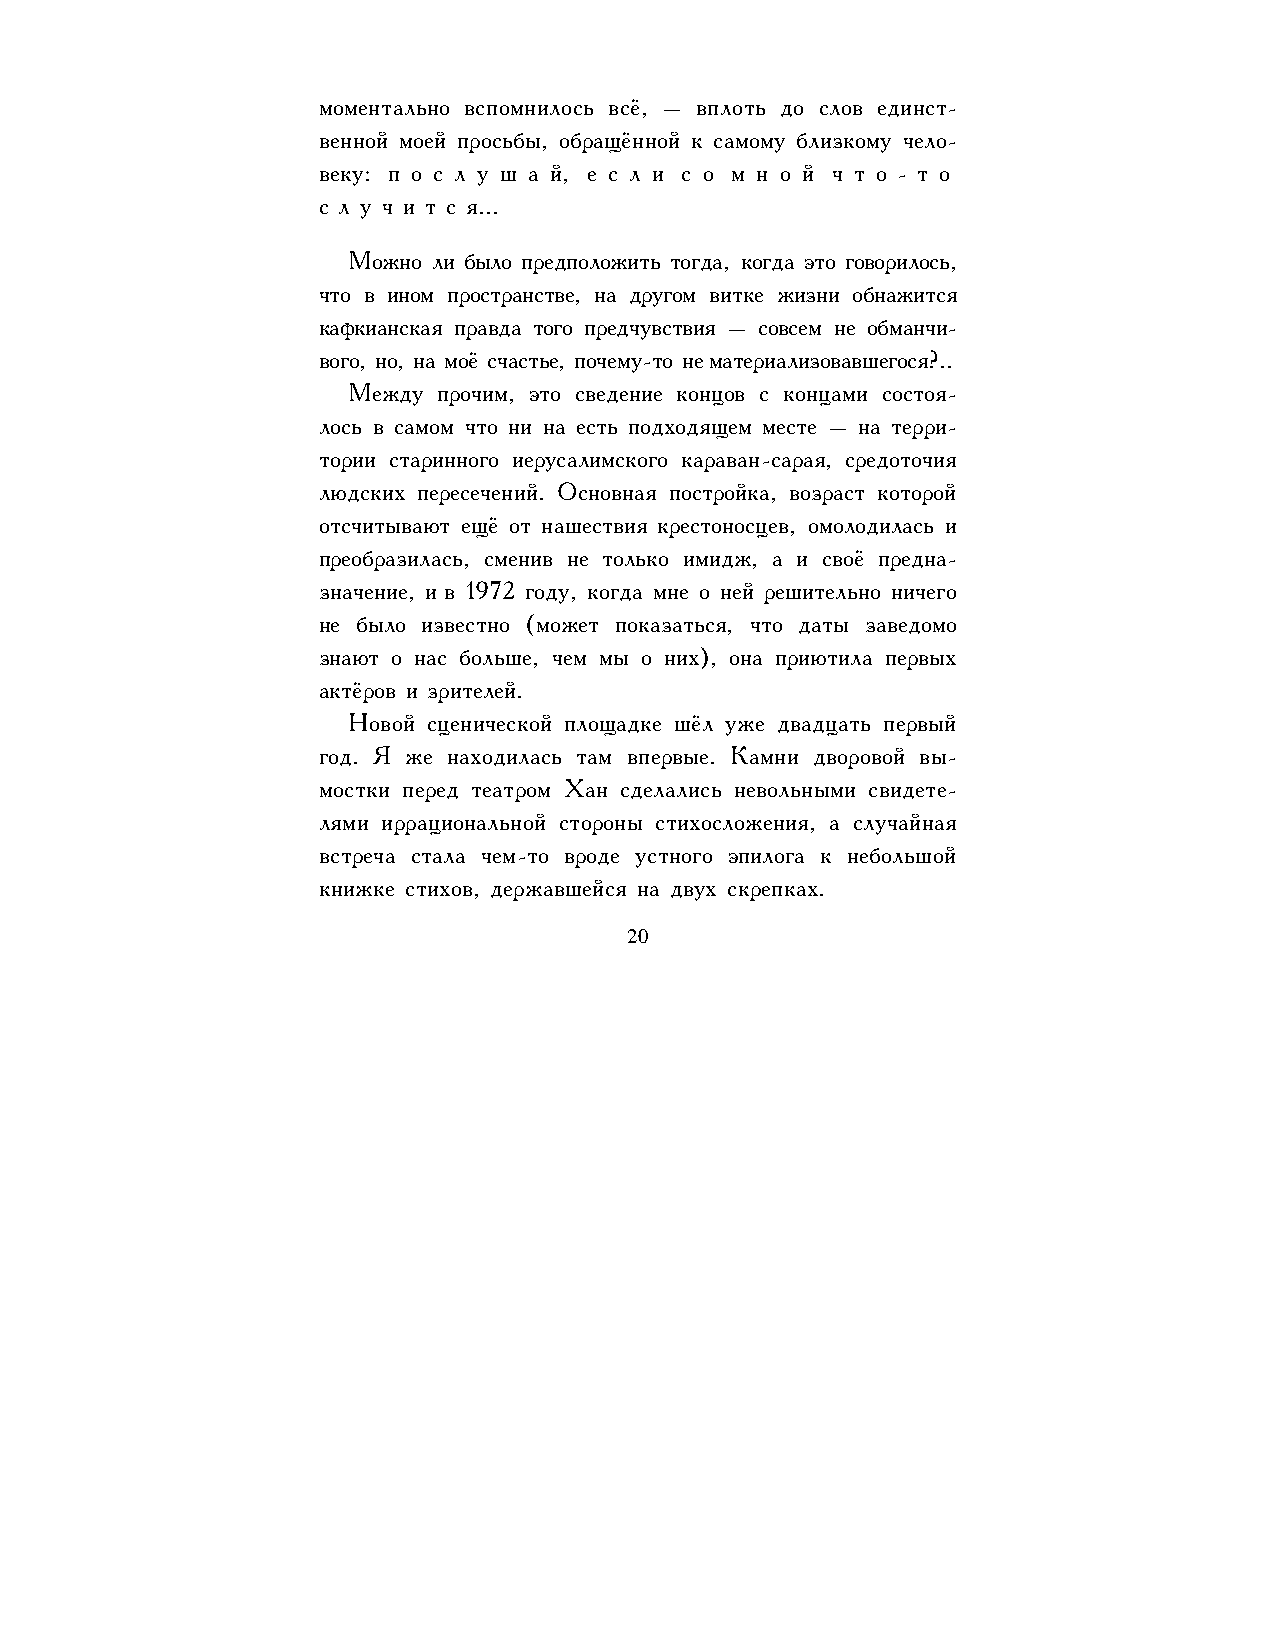
моментально вспомнилось всё, – вплоть до слов единст-
 венной моей просьбы, обращённой к самому близкому чело-
 веку: п о с л у ш а й, е с л и с о м н о й ч т о - т о
 с л у ч и т с я...
 Можно ли было предположить тогда, когда это говорилось,
 что в ином пространстве, на другом витке жизни обнажится
 кафкианская правда того предчувствия – совсем не обманчи-
 вого, но, на моё счастье, почему-то не материализовавшегося?..
 Между прочим, это сведение концов с концами состоя-
 лось в самом что ни на есть подходящем месте – на терри-
 тории старинного иерусалимского караван-сарая, средоточия
 людских пересечений. Основная постройка, возраст которой
 отсчитывают ещё от нашествия крестоносцев, омолодилась и
 преобразилась, сменив не только имидж, а и своё предна-
 значение, и в 1972 году, когда мне о ней решительно ничего
 не было известно (может показаться, что даты заведомо
 знают о нас больше, чем мы о них), она приютила первых
 актёров и зрителей.
 Новой сценической площадке шёл уже двадцать первый
 год. Я же находилась там впервые. Камни дворовой вы-
 мостки перед театром Хан сделались невольными свидете-
 лями иррациональной стороны стихосложения, а случайная
 встреча стала чем-то вроде устного эпилога к небольшой
 книжке стихов, державшейся на двух скрепках.
 20